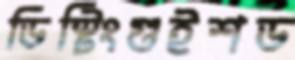
ডিস্টিংগুইশড